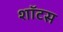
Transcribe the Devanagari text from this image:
शॉटस